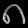
Digit: ၈